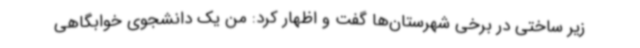
زیر ساختی در برخی شهرستان‌ها گفت و اظهار کرد: من یک دانشجوی خوابگاهی